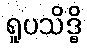
ရူပသိဒ္ဓိ